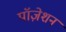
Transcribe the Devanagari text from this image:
पॉज़ेशन